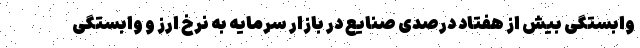
وابستگی بیش از هفتاد درصدی صنایع در بازار سرمایه به نرخ ارز و وابستگی